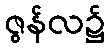
ဇွန်လ၌